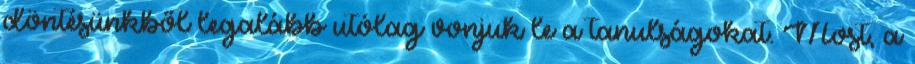
döntésünkből legalább utólag vonjuk le a tanulságokat. Most, a